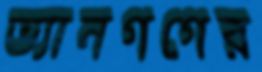
ভ্যানগগের